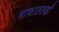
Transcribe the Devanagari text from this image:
गावाततही